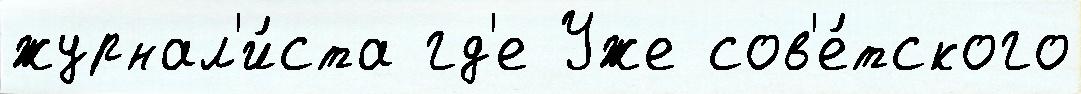
журнал'и́ста гд'е Уже сов'е́тского